Vital statistics of India. Vol. IV, Annual returns from 1871 to 1876. British Army of India, Native Army and jails of Bengal
Year: 1871
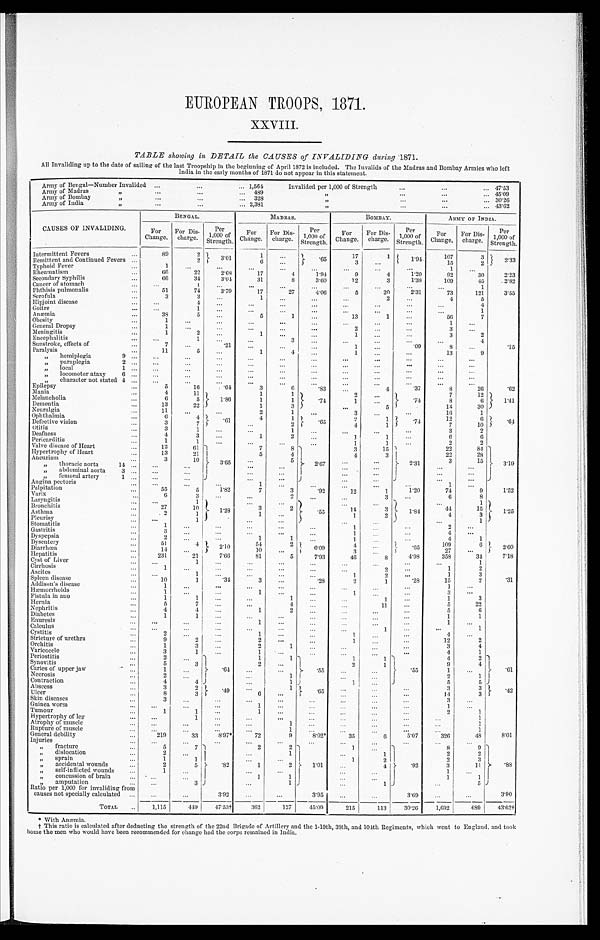
EUROPEAN TROOPS, 1871
.
XXVIII.
TABLE showing in DETAIL the CAUSES of INVALIDING during 1871.
All Invaliding up to the date of sailing of the last Troopship in the beginning of April 1872 is included. The Invalids of the Madras and Bombay Armies who left
India in the early months of 1871 do not appear in this statement.
Army of Bengal—Number Invalided
. . .
. . .
. . . 1,564
Invalided per 1,000 of Strength
. . .
. . .
. . . 47.53
Army of Madras
,,
. . .
. . .
. . . 489
, ,
. . .
. . .
. . . 45.09
Army of Bombay
,,
. . .
. . .
. . . 328
, ,
. . .
. . .
. . . 30.26
Army of India
,,
. . .
. . .
. . . 2,381
, ,
. . .
. . .
. . . 43.62
CAUSES OF INVALIDING.
BENGAL.
MADRAS.
BOMBAY.
ARMY OF INDIA.
For
Change.
For Dis-
charge.
Per
1,000 of
Strength.
For
Change.
For Dis-
charge.
Per
1,000 of
Strength.
For
Change.
For Dis-
charge.
Per
1,000 of
Strength.
For
Change.
For Dis-
charge.
Per
1,000 of
Strength.
Intermittent Fevers
. . .
89
2
3.01
1
. . .
.65
17
1
1.94
107
3
2 33
Remittent and Continued Fevers ...
2
6
...
3
...
15
2
Typhoid Fever
. . .
1
. . .
. . .
. . .
. . .
. . .
. . .
. . .
. . .
1
. . .
Rheumatism
. . .
66
22
2.68
17
4
1.94
9
4
1.20
92
30
2.23
Secondary Syphilis
. . .
66
34
3.04
31
8
3.60
12
3
1.38
109
45
2.82
Cancer of stomach
. . .
. . .
1
. . .
. . .
. . .
. . .
. . .
. . .
. . .
. . .
1
Phthisis pulmonalis
. . .
51
74
3.79
17
27
4.06
5
20
2.31
73
121
3.55
Scrofula
. . .
3
3
. . .
1
. . .
. . .
. . .
2
. . .
4
5
Hipjoint disease
. . .
. . .
4
. . .
. . .
. . .
... ...
. . .
. . .
. . .
4
Goitre
. . .
. . .
1
...
. . .
. . .
...
. . .
. . .
. . .
. . .
1
Anæmia
. . .
38
5
. . .
5
1
. . .
13
1
. . .
56
7
Obesity
. . .
1
. . .
. . .
. . .
. . .
. . .
. . .
. . .
. . .
1
. . .
General Dropsy
. . .
1
. . .
...
. . .
. . .
. . .
2
. . .
. . .
3
. . .
Meningitis
. . .
1
2
. . .
1
. . .
...
1
. . .
. . .
3
2
Encephalitis
. . .
. . .
1
...
. . .
3
. . .
. . .
. . .
. . .
. . .
4
Sunstroke, effects o
. . .
7
. . .
.21
. . .
. . .
...
1
. . .
.09
8
. . .
.15
Paralysis
. . .
11
5
. . .
1
4
. . .
1
. . .
. . .
13
9
,, hemiplegia
9
. . .
. . .
. . .
. . .
. . .
. . .
...
. . .
. . .
. . .
. . .
,,
paraplegia
2
. . .
. . .
. . .
...
. . .
. . .
...
. . .
. . .
. . .
. . .
. . .
„
local
1
. . .
. . .
. . .
. . .
. . .
. . .
. . .
. . .
. . .
. . .
. . .
. . .
, ,
locomotor ataxy
6
. . .
. . .
. . .
...
. . .
. . .
... ...
. . .
. . .
. . .
. . .
,,
character not stated 4
. . .
. . .
. . .
. . .
. . .
. . .
. . .
. . .
. . .
. . .
. . .
. . .
Epilepsy
. . .
5
16
. 6 4
3
6
.83 ...
4
.37
8
26
.62
Mania
. . .
4
11
1
. 8 6
1
1
.74
2
. . .
.74
7
12
1.41
Melancholia
. . .
6
5
1
1
1
. . .
8
6
Dementia
. . .
13
22
1
3
...
5
14
30
Neuralgia
. . .
11
. . .
. . .
2
1
. . .
3
. . .
. . .
16
1
Ophthalmia
. . .
6
4
. 6 1
4
1
.65
2
1 .74
12
6 .64
Detective vision
. . .
3
7
. . .
2
4
1
7
10
Otitis
. . .
3
1
. . .
. . .
1
. . .
...
. . .
. . .
3
2
Deafness
. . .
4
3
. . .
1
2
...
1
1
. . .
6
6
Pericarditis
. . .
1
1
. . .
. . .
. . .
. . .
1
1
. . .
2
2
Valve disease of Heart
. . .
12
61
3.65
7
8
2.67
3
15
2.31
22
84
3.19
Hypertrophy of Heart
. . .
13
21
5
4
4
3
22
28
Aneurism
. . .
3
10
. . .
5
. . .
. . .
3
15
,, thoracic aorta
14
. . .
. . .
. . .
. . .
. . .
...
. . .
. . .
. . .
,, abdominal aorta
3
. . .
. . .
. . .
. . .
. . .
...
. . .
. . .
. . .
,, femoral artery
1
. . .
. . .
. . .
. . .
. . .
. . .
. . .
. . .
. . .
Angina pectoris
. . .
. . .
. . .
. . .
1
. . .
. . .
...
. . .
. . .
1
. . .
Palpitation
. . .
5 5
5
1.82
7
3
. 9 2
12
1
1.20
74
9
1.52
Varix
. . .
6
3
. . .
. . .
2 ...
...
3
. . .
6
8
Laryngitis
. . .
. . .
1
1 . 2 8
. . .
. . .
. 5 5
...
. . .
1.84
. . .
1
1.25
Bronchitis
. . .
27
10
3
2
14
3
4 4
15
Asthma
. . .
2
1
1
. . .
1
2
4
3
Pleurisy
. . .
. . .
1
. . .
. . .
...
. . .
. . .
1
Stomatitis
. . .
1
. . .
. . .
. . .
. . ....
1
. . .
. . .
2
. . .
Gastritis
. . .
3
. . .
. . .
. . .
. . .
. . .
1
. . .
. . .
4
. . .
Dyspepsia
. . .
2
. . .
. . .
1
1
. . .
1
. . .
. . .
4
1
Dysentery
. . .
51
4
2.10
54
2 6.09
4
. . .
. 6 5
109
6
2.60
Diarrhœa
. . .
14
. . .
10
. . .
3
. . .
27
. . .
Hepatitis
. . .
231
21
7.66
81
5
7.93
46
8
4.98
358
34
7.18
Cyst of Liver
. . .
. . .
1
. . .
. . .
. . .
. . .
...
. . .
. . .
. . .
1
Cirrhosis
. . .
1
. . .
. . .
. . .
. . .
. . .
. . .
2
. . .
1
2
Ascites
. . .
. . .
1
. . .
. . .
. . .
...
1
2
. . .
1
3
Spleen disease
. . .
10
1
.34
3
. . .
.28
2
1
.28
15
2
.31
Addison's disease
. . .
1
. . .
. . .
. . .
. . .
...
...
. . .
. . .
1
. . .
Hæmorrhoids
. . .
1
. . .
...
1
. . .
. . .
1
. . .
. . .
3
. . .
Fistula in ano
. . .
1
1
. . .
. . .
1
... ...
1
. . .
1
3
Hernia
. . .
5
7
...
. . .
4
. . .
. . .
11
. . .
5
22
Nephritis
. . .
4
4
. . .
1
2
. . .
. . .
. . .
. . .
5
6
Diabetes
. . .
1
1
. . .
. . .
. . .
...
. . .
. . .
. . .
1
1
Enuresis
. . .
. . .
. . .
. . .
1
. . .
...
. . .
. . .
. . .
1
. . .
Calculus
. . .
. . .
. . .
...
. . .
. . .
. . .
. . .
1
. . .
. . .
1
Cystitis
. . .
2
. . .
. . .
1
. . .
...
1
. . .
. . .
4
. . .
Stricture of urethra
. . .
9
2
...
2
. . .
. . .
1
. . .
. . .
12
2
Orchitis
. . .
1
3
. . .
2
1
. . .
. . .
. . .
. . .
3
4
Varicocele
. . .
3
1
. . .
1
. . .
...
. . .
. . .
. . .
4
1
Periostitis
. . .
2
. . .
.64
1
1
.5 5
1
1
.55
4
2
.61
Synovitis
. . .
5
3
2
. . .
2
1
9
4
Caries of upper jaw
. . .
1
. . .
. . .
. . .
. . .
. . .
1
. . .
Necrosis
. . .
2
. . .
. . .
1
. . .
. . .
2
1
Contraction
. . .
4
4
. . .
1
1
. . .
5
5
Abscess
. . .
3
2 . 4 9
. . .
1 .65
...
. . .
. . .
3
3
.42
Ulcer
. . .
8
3
6
. . .
. . .
. . .
. . .
1 4
3
Skin diseases
. . .
3
. . ....
. . .
. . .
...
. . .
. . .
. . .
3
. . .
Guinea worm
. . .
. . .
. . .
. . .
1
. . .
. . .
...
. . .
. . .
1
. . .
Tumour
. . .
1
1
. . .
1
. . .
... ...
. . .
. . .
2
1
Hypertrophy of leg
. . .
. . .
1
. . .
. . .
. . .
... ...
. . .
. . .
. . .
1
Atrophy of muscle
. . .
. . .
. . .
...
. . .
1
. . .
. . .
. . .
. . .
. . .
1
Rupture of muscle
. . .
. . .
. . .
. . .
. . .
1
. . .
. . .
. . .
. . .
. . .
1
General debility
. . .
219
33
8.97*
72
9
8.02*
35
6
5.07
326
48
8.01
Injuries
. . .
. . .
. . .
. . .
. . .
. . .
. . .
...
. . .
. . .
. . .
. . .
,, fracture
. . .
5
7
.82
2
2
1.01
1
. . .
.92
8
9
.88
, ,
d i s l o c a t i o n
. . .
2
. . .
. . .
1
...
1
2
2
,, sprain
. . .
1
1
. . .
. . .
1
2
2
3
,, accidental wounds
. . .
2
5
1
2
...
4
3
11
,, self-inflicted wounds
. . .
1
. . .
. . .
. . .
. . .
. . .
1
. . .
, ,
c o n c u s s i o n o f b r a i n
. . .
. . .
. . .
1
1
. . .
. . .
1
1
, ,
a m p u t a t i o n
. . .
. . .
3
. . .
1
...
1
. . .
5
Ratio per 1,000 for invaliding from
causes not specially calculated
. . .
. . .
. . .
3.92
. . .
. . .
3.95
. . .
. . .
3.69
. . .
. . .
3.90
TOTAL
. . .
1,115
449
47.53†
362
127
45.09
215
113
30.26
1,692
689
43.62†
* Wi t h Anæmi a.
† This ratio is calculated after deducting the strength of the 22nd Brigade of Artillery and the 1-19th, 38th, and 104th Regiments, which went to England, and took
home the men who would have been recommended for change had the corps remained in India.